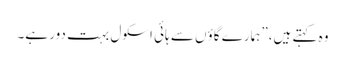
وہ کہتے ہیں،”ہمارے گاؤں سے ہائی اسکول بہت دور ہے۔